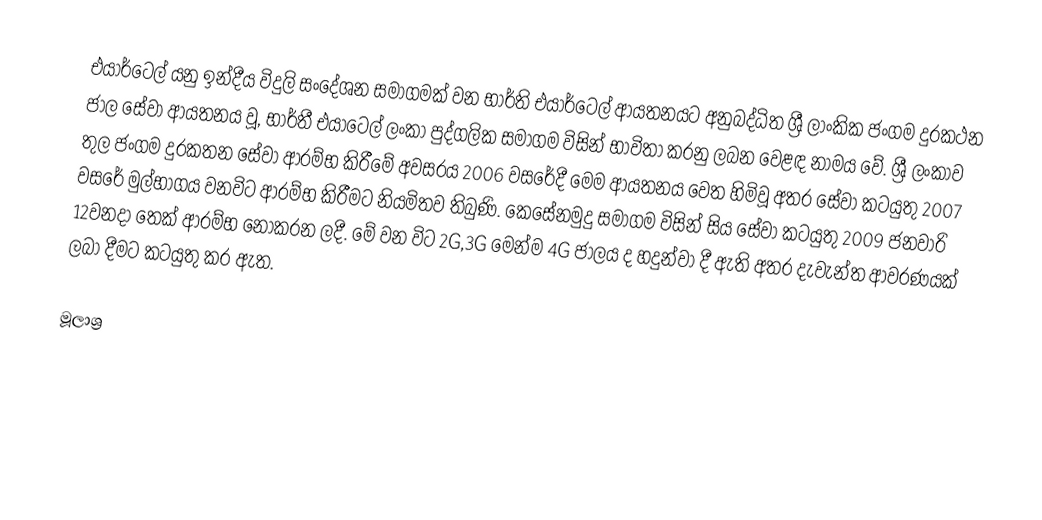
එයාර්ටෙල් යනු ඉන්දීය විදුලි සංදේශන සමාගමක් වන භාර්ති එයාර්ටෙල් ආයතනයට අනුබද්ධිත ශ්‍රී ලාංකික ජංගම දුරකථන ජාල සේවා ආයතනය වූ, භාර්තී එයාටෙල් ලංකා පුද්ගලික සමාගම විසින් භාවිතා කරනු ලබන වෙළඳ නාමය වේ. ශ්‍රී ලංකාව තුල ජංගම දුරකතන සේවා ආරම්භ කිරීමේ අවසරය 2006 වසරේදී මෙම ආයතනය වෙත හිමිවූ අතර සේවා කටයුතු 2007 වසරේ මුල්භාගය වනවිට ආරම්භ කිරීමට නියමිතව තිබුණි. කෙසේනමුදු සමාගම විසින් සිය සේවා කටයුතු 2009 ජනවාරි 12වනදා තෙක් ආරම්භ නොකරන ලදී. මේ වන විට 2G,3G මෙන්ම 4G ජාලය ද හදුන්වා දී ඇති අතර දැවැන්ත ආවරණයක් ලබා දීමට කටයුතු කර ඇත.

මූලාශ්‍ර